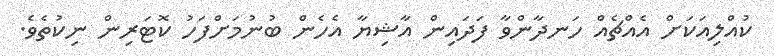
ކުއްލިއަކަށް އެއްޗެއް ހަނދާންވާ ފަދައިން އާޝިޔާ އެހެން ބުނުމަށްފަހު ކޮޓަރިން ނިކުތެވެ.